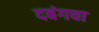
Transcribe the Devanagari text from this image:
दबंगचा